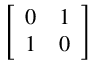
\left[ \begin{array} { l l } { 0 } & { 1 } \\ { 1 } & { 0 } \end{array} \right]